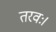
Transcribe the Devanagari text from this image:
तरवः।